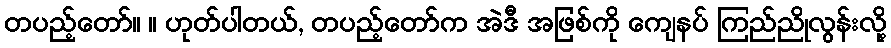
တပည့်တော်။ ။ ဟုတ်ပါတယ်, တပည့်တော်က အဲဒီ အဖြစ်ကို ကျေနပ် ကြည်ညိုလွန်းလို့